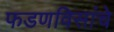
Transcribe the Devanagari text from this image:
फडणविसांचे